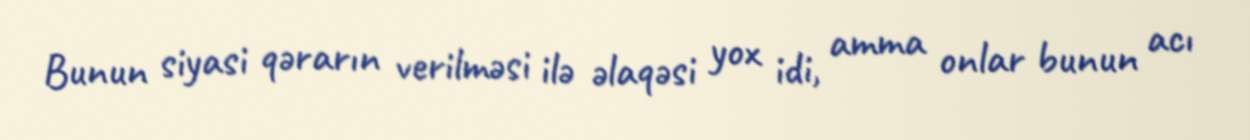
Bunun siyasi qərarın verilməsi ilə əlaqəsi yox idi, amma onlar bunun acı